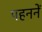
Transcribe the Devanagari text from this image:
पहननें